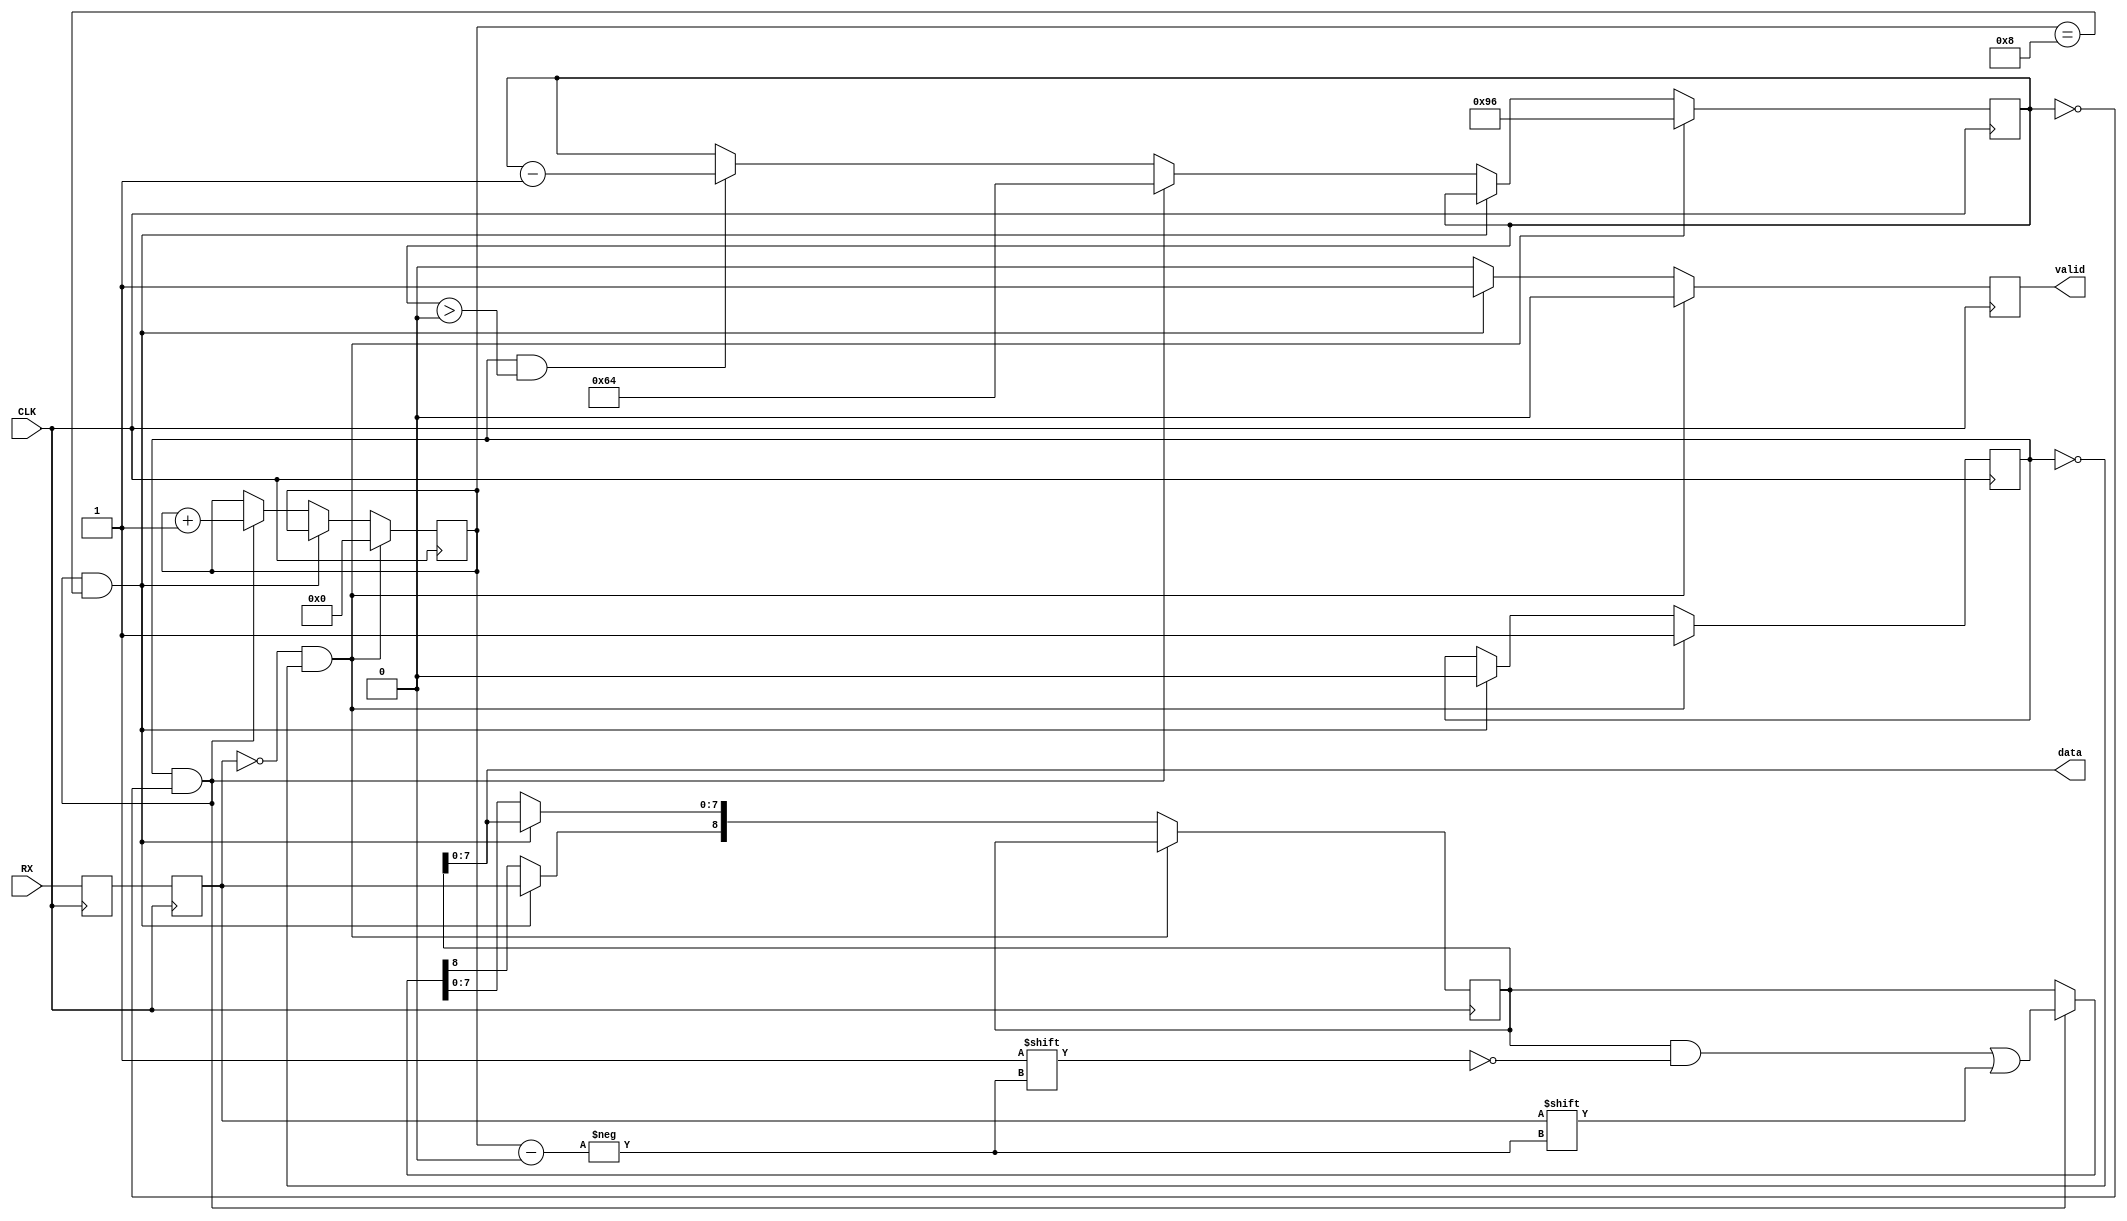
// This program was cloned from: https://github.com/jameshegarty/rigel
// License: MIT License

module RXMOD(
  input RX, 
  input CLK,
  output [7:0] data,
  output valid);

reg RX_1;
reg RX_2;
always @(posedge CLK) begin
  RX_1 <= RX;
  RX_2 <= RX_1;
end

wire RXi;
assign RXi = RX_2;

reg [8:0] dataReg;
reg validReg = 0;
assign data = dataReg[7:0];
assign valid = validReg;

reg [12:0] readClock = 0; // which subclock?
reg [3:0] readBit = 0; // which bit? (0-8)
reg reading = 0;


always @ (posedge CLK)
begin
  if(RXi==0 && reading==0) begin
    reading <= 1;
    readClock <= 150; // sample to middle of second byte
    readBit <= 0;
    validReg <= 0;
  end else if(reading==1 && readClock==0 && readBit==8) begin
    // we're done
    reading <= 0;
    dataReg[8] <= RXi;
    validReg <= 1;
  end else if(reading==1 && readClock==0) begin
    // read a byte
    dataReg[readBit] <= RXi;
    readClock <= 100;
    readBit <= readBit + 1;
    validReg <= 0;
  end else if(reading==1 && readClock>0) begin
    readClock <= readClock - 1;
    validReg <= 0;
  end else begin
    validReg <= 0;
  end
end
endmodule